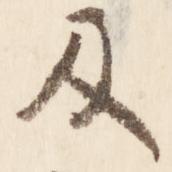
及